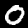
Digit: 0